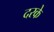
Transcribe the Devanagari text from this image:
दरके